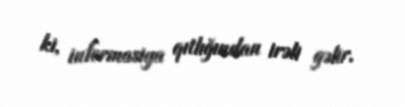
ki, informasiya qıtlığından irəli gəlir.